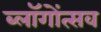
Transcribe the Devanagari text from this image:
ब्लॉगोंत्सव